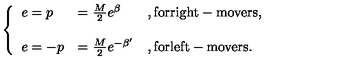
\left\{ \begin{array} { l l l } { e = p } & { = \frac { M } { 2 } e ^ { \beta } } & { , \mathrm { f o r r i g h t - m o v e r s } , } \\ { } & { } & { } \\ { e = - p } & { = \frac { M } { 2 } e ^ { - \beta ^ { \prime } } } & { , \mathrm { f o r l e f t - m o v e r s } . } \\ \end{array} \right.